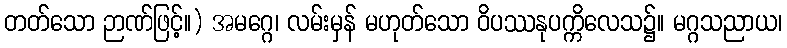
တတ်သော ဉာဏ်ဖြင့်။) အမဂ္ဂေ၊ လမ်းမှန် မဟုတ်သော ဝိပဿနုပက္ကိလေသ၌။ မဂ္ဂသညာယ၊